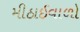
મીઠાઈવાળો